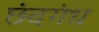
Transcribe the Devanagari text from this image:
छंदगंध